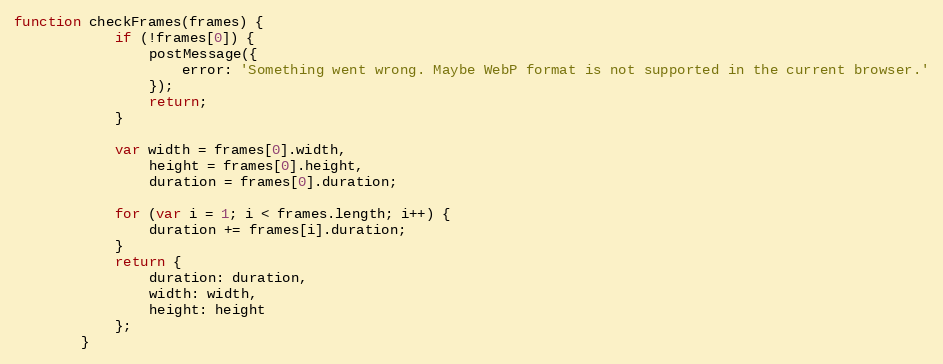
Language: JavaScript
function checkFrames(frames) {
            if (!frames[0]) {
                postMessage({
                    error: 'Something went wrong. Maybe WebP format is not supported in the current browser.'
                });
                return;
            }

            var width = frames[0].width,
                height = frames[0].height,
                duration = frames[0].duration;

            for (var i = 1; i < frames.length; i++) {
                duration += frames[i].duration;
            }
            return {
                duration: duration,
                width: width,
                height: height
            };
        }